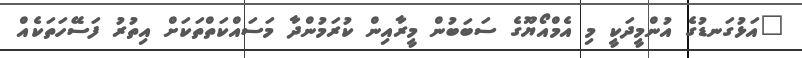
"އަޅުގަނޑުގެ އުންމީދަކީ މި އެމްއޯޔޫގެ ސަބަބުން މީރާއިން ކުރަމުންދާ މަސައްކަތްތަކަށް އިތުރު ފަސޭހަތަކެއް